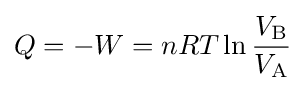
Q=-W=nRT\ln {\frac {V_{\text{B}}}{V_{\text{A}}}}